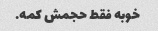
خوبه فقط حجمش کمه.